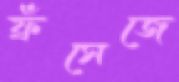
ফ্রঁসেজে